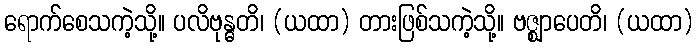
ရောက်စေသကဲ့သို့။ ပလိဗုန္ဓတိ၊ (ယထာ) တားဖြစ်သကဲ့သို့။ ဗဇ္ဈာပေတိ၊ (ယထာ)